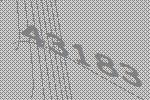
43183